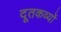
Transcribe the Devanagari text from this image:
दूतकव्यों